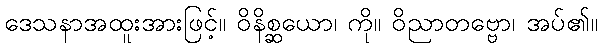
ဒေသနာအထူးအားဖြင့်။ ဝိနိစ္ဆယော၊ ကို။ ဝိညာတဗ္ဗော၊ အပ်၏။